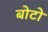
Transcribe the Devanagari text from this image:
बोटो